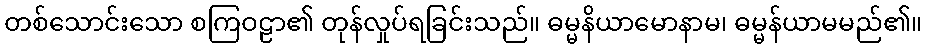
တစ်သောင်းသော စကြဝဠာ၏ တုန်လှုပ်ရခြင်းသည်။ ဓမ္မနိယာမောနာမ၊ ဓမ္မန်ယာမမည်၏။